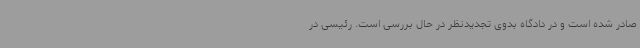
صادر شده است و در دادگاه بدوی تجدیدنظر در حال بررسی است. رئیسی در